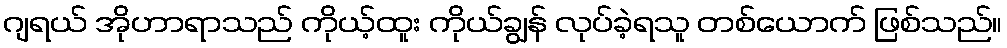
ဂျရယ် အိုဟာရာသည် ကိုယ့်ထူး ကိုယ်ချွန် လုပ်ခဲ့ရသူ တစ်ယောက် ဖြစ်သည်။